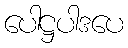
ပေါဋ္ဌပါဒပေ